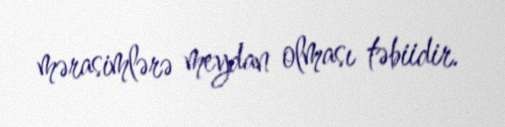
mərasimlərə meydan olması təbiidir.